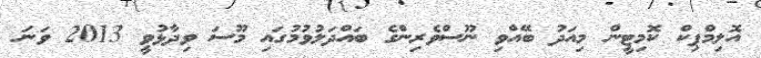
އޮލިމްޕިކް ކޮމިޓީން މިއަދު ބޭއްވި ނޫސްވެރިންގެ ބައްދަލުވުމުގައި މޫސަ ވިދާޅުވީ 2013 ވަނަ